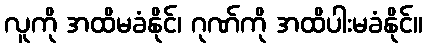
လူကို အထိမခံနိုင်၊ ဂုဏ်ကို အထိပါးမခံနိုင်။